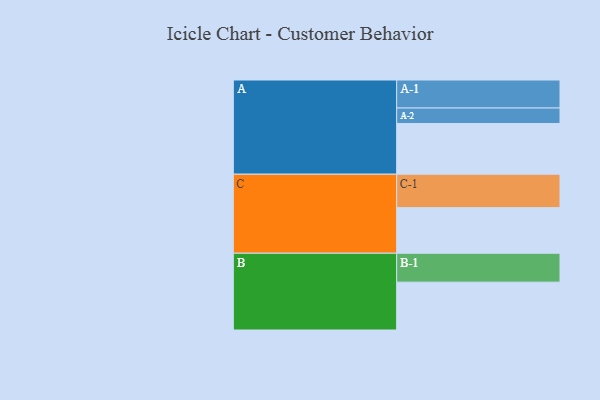
{"axis": {"x": "Segment", "y": "Value"}, "legend": ["", "A", "B", "C"], "data": [{"x": "A", "y": 404, "type": ""}, {"x": "B", "y": 381, "type": ""}, {"x": "C", "y": 363, "type": ""}, {"x": "A-1", "y": 223, "type": "A"}, {"x": "A-2", "y": 123, "type": "A"}, {"x": "B-1", "y": 230, "type": "B"}, {"x": "C-1", "y": 266, "type": "C"}]}